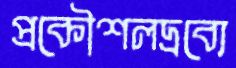
প্রকৌশলদ্রব্যে